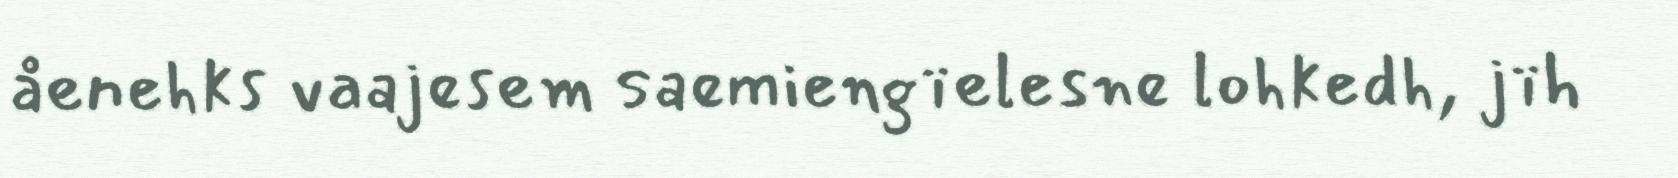
åenehks vaajesem saemiengïelesne lohkedh, jïh